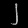
Digit: ၂